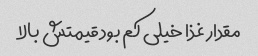
مقدار غذا خیلی کم بود قیمتش بالا